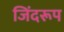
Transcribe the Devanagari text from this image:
जिंदरूप